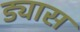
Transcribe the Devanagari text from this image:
ड्यास